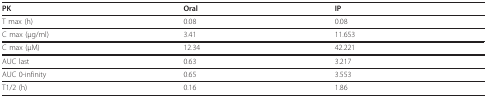
<table><thead><tr><td><b>PK</b></td><td><b>Oral</b></td><td><b>IP</b></td></tr></thead><tbody><tr><td>T max (h)</td><td>0.08</td><td>0.08</td></tr><tr><td>C max (μg/ml)</td><td>3.41</td><td>11.653</td></tr><tr><td>C max (μM)</td><td>12.34</td><td>42.221</td></tr><tr><td>AUC last</td><td>0.63</td><td>3.217</td></tr><tr><td>AUC 0-infinity</td><td>0.65</td><td>3.553</td></tr><tr><td>T1/2 (h)</td><td>0.16</td><td>1.86</td></tr></tbody></table>